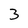
Character: 3